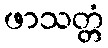
ဖာသတ္တံ